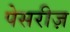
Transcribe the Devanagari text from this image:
पेसरीज़